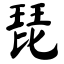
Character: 琵